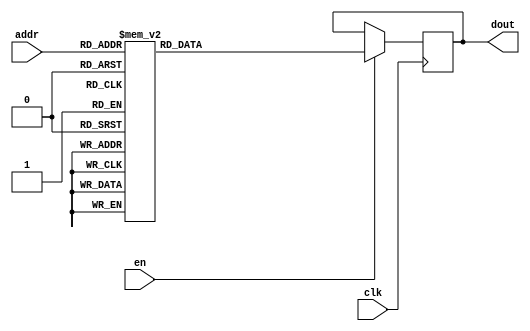
`timescale 1ns / 1ps
/*
Copyright
All right reserved.
Module Name: rom_syn
Author  : Zichuan Liu, Yixing Li and Wenye Liu.
Description:
A synthesized ROM: ROM_DEP x ROM_WID
*/
module DC_7_REF_ROM_7(
// inputs
clk,
en,
addr,
// outputs
dout
);
localparam ROM_WID = 14;
localparam ROM_DEP = 32;
localparam ROM_ADDR = 5;
// input definition
input clk;
input en;
input [ROM_ADDR-1:0] addr;
// output definition
output [ROM_WID-1:0] dout;
reg [ROM_WID-1:0] data;
always @(posedge clk)
begin
if (en) begin
case(addr)
		5'd0: data <= 14'b01001010110010;
		5'd1: data <= 14'b01001000000110;
		5'd2: data <= 14'b01001000010010;
		5'd3: data <= 14'b01001000100000;
		5'd4: data <= 14'b01001100111110;
		5'd5: data <= 14'b01001010001110;
		5'd6: data <= 14'b01001011001100;
		5'd7: data <= 14'b01001101000011;
		5'd8: data <= 14'b01001000000001;
		5'd9: data <= 14'b01001010110111;
		5'd10: data <= 14'b01000110010110;
		5'd11: data <= 14'b01001001001111;
		5'd12: data <= 14'b01001011011100;
		5'd13: data <= 14'b01001010010100;
		5'd14: data <= 14'b01001100011000;
		5'd15: data <= 14'b01001101011110;
		5'd16: data <= 14'b01001100011000;
		5'd17: data <= 14'b01001010010001;
		5'd18: data <= 14'b01001010011100;
		5'd19: data <= 14'b01001010101100;
		5'd20: data <= 14'b01001100001100;
		5'd21: data <= 14'b01000111101111;
		5'd22: data <= 14'b01000100010010;
		5'd23: data <= 14'b01001000101100;
		5'd24: data <= 14'b01001000110010;
		5'd25: data <= 14'b01001111000011;
		5'd26: data <= 14'b01001001110000;
		5'd27: data <= 14'b01001010111111;
		5'd28: data <= 14'b01001010010111;
		5'd29: data <= 14'b01001001011101;
		5'd30: data <= 14'b01001000001101;
		5'd31: data <= 14'b01001010101000;
		endcase
		end
	end
	assign dout = data;
endmodule